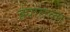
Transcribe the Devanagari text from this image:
ह्यातला